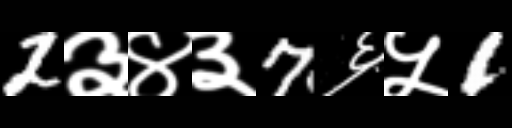
Text: 2३४३7६५1